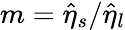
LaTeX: m=\hat{\eta}_{s}/\hat{\eta}_{l}